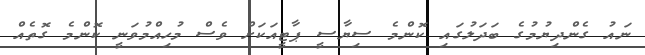
ނައު ގެންދިޔުމުގެ ބަދަލުގައި ކޮންމެ ސިޔާސީ ޕާޓީއަކަށް ވެސް މުހިއްމުވަނީ ކޮންމެ ގޮތެއް